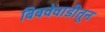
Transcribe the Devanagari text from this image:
बिबवेवाडीतून